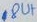
Text: 8UT